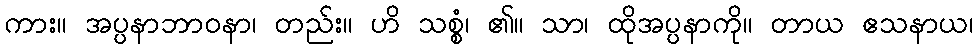
ကား။ အပ္ပနာဘာဝနာ၊ တည်း။ ဟိ သစ္စံ၊ ၏။ သာ၊ ထိုအပ္ပနာကို။ တာယ ဧသနာယ၊